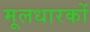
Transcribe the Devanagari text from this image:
मूलधारकों